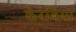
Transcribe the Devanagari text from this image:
केरेबिया